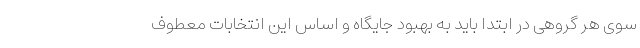
سوی هر گروهی در ابتدا باید به بهبود جایگاه و اساس این انتخابات معطوف